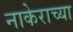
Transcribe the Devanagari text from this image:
नाकेराच्या